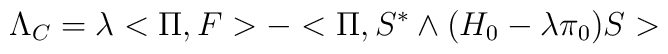
\Lambda_{C} =\lambda <\Pi, F> - <\Pi, S^* \wedge (H_0- \lambda \pi_0)  S >